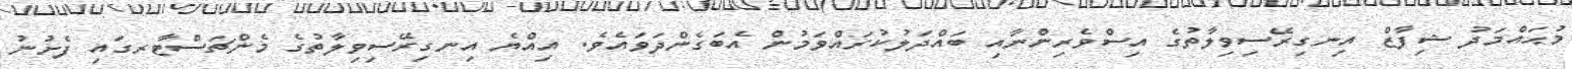
މުޙައްމަދު ޝިފާޒް އިނގިރޭސިވިލާތުގެ އިސްވެރިންނާއި ބައްދަލުކުރައްވަމުން އެބަގެންދަވައެވެ. އިއްޔެ އިނގިރޭސިވިލާތުގެ މެންޗަސްޓާރގައި ފެށުނު